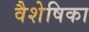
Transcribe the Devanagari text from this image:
वैशेषिका